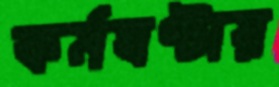
কর্মঘণ্টায়